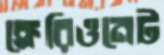
ক্লেরিওনেট